Mental hospitals Bombay report 1929-33 - 1929-1933
Year: 1929
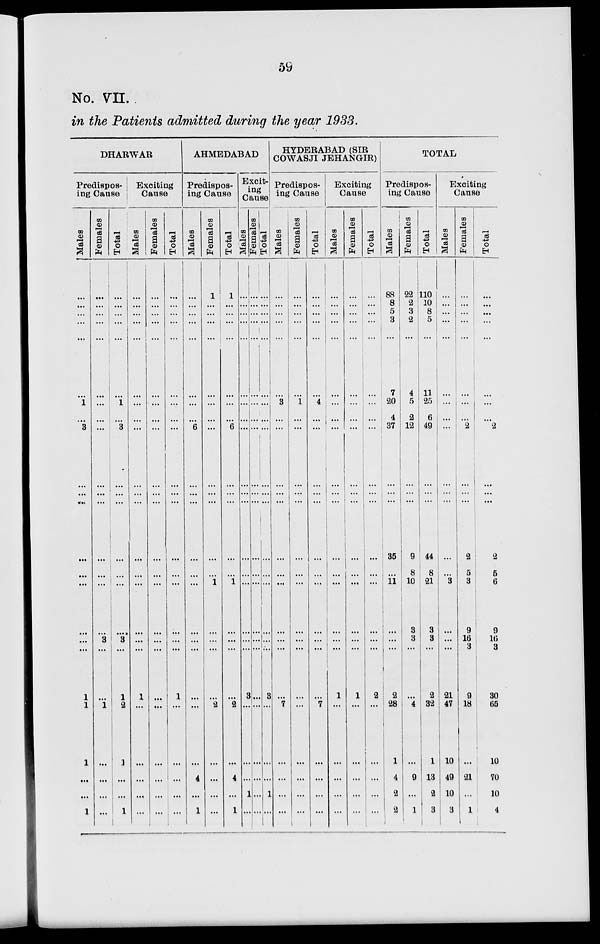
59
No. VII.
in the Patients admitted during the year 1933.
DHARWAR
Predispos-
ing Cause
Males
...
...
...
...
...
...
1
...
3
...
...
...
...
...
...
...
...
...
1
1
1
...
...
1
Females
...
...
...
...
...
...
...
...
...
...
...
...
...
...
...
...
3
...
...
1
...
...
...
...
Total
...
...
...
...
...
...
1
...
3
...
...
...
...
...
...
...
3
...
1
2
1
...
...
1
Exciting
Cause
Males
...
...
...
...
...
...
...
...
...
...
...
...
...
...
...
...
...
...
1
...
...
...
...
...
Females
...
...
...
...
...
...
...
...
...
...
...
...
...
...
...
...
...
...
...
...
...
...
...
...
Total
...
...
...
...
...
...
...
...
...
...
...
...
...
...
...
...
...
...
1
...
...
...
...
AHMEDABAD
Predispos-
ing Cause
Males
...
...
...
...
...
...
...
...
6
...
...
...
...
...
...
...
...
...
...
...
...
4
...
1
Females
1
...
...
...
...
...
...
...
...
...
...
...
...
...
1
...
...
...
...
2
...
...
...
...
Total
1
...
...
...
...
...
...
...
6
...
...
...
...
...
1
...
...
...
...
2
...
4
...
1
Excit-
ing
Cause
Males
...
...
...
...
...
...
...
...
...
...
...
...
...
...
...
...
...
...
3
...
...
...
1
...
Females
...
...
...
...
...
...
...
...
...
...
...
...
...
...
...
...
...
...
...
...
...
...
...
...
Total
...
...
...
...
...
...
...
...
...
...
...
...
...
...
...
...
...
...
3
...
...
...
1
...
HYDERABAD (SIR
COWASJI JEHANGIR)
Predispos-
ing Cause
Males
...
...
...
...
...
...
3
...
...
...
...
...
...
...
...
...
...
...
...
7
...
...
...
...
Females
...
...
...
...
...
...
1
...
...
...
...
...
...
...
...
...
...
...
...
...
...
...
...
...
Total
...
...
...
...
...
...
4
...
...
...
...
...
...
...
...
...
...
...
...
7
...
...
...
...
Exciting
Cause
Males
...
...
...
...
...
...
...
...
...
...
...
...
...
...
...
...
...
...
1
...
...
...
...
...
Females
...
...
...
...
...
...
...
...
...
...
...
...
...
...
...
...
...
...
1
...
...
...
...
...
Total
...
...
...
...
...
...
...
...
...
...
...
...
...
...
...
...
...
...
2
...
...
...
...
...
TOTAL
Predispos-
ing Cause
Males
88
8
5
3
...
7
20
4
37
...
...
...
35
...
11
...
...
...
2
28
1
4
2
2
Females
22
2
3
2
...
4
5
2
12
...
...
...
9
8
10
3
3
...
...
4
...
9
...
1
Total
110
10
8
5
...
11
25
6
49
...
...
...
44
8
21
3
3
...
2
32
1
13
2
3
Exciting
Cause
Males
...
...
...
...
...
...
...
...
...
...
...
...
...
...
3
...
...
...
21
47
10
49
10
3
Females
...
...
...
...
...
...
...
...
2
...
...
...
2
5
3
9
16
3
9
18
...
21
...
1
Total
...
...
...
...
...
...
...
...
2
...
...
...
2
5
6
9
16
3
30
65
10
70
10
4